Scientific memoirs by medical officers of the Army of India - Part X,
Year: 1897
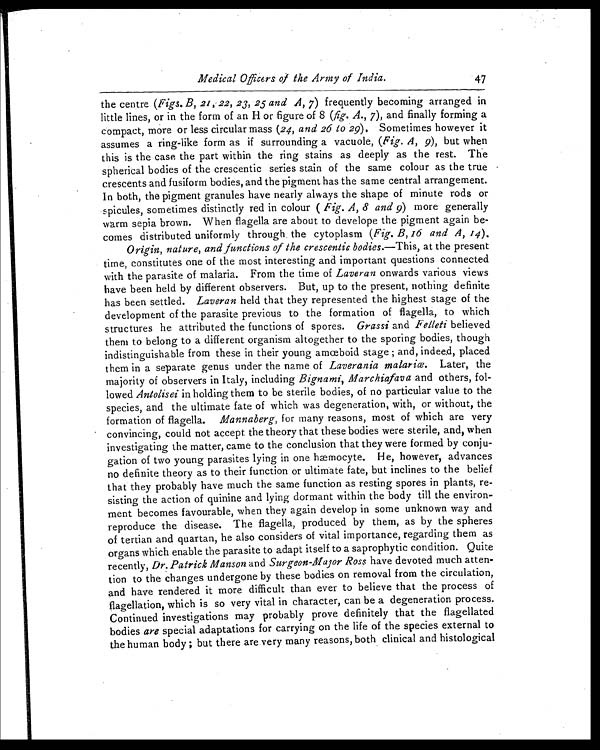
Medical Officers of the Army of India.
47
the centre ( Figs. B, 21, 22, 23, 25 and A, 7 ) frequently becoming arranged in
little lines, or in the form of an H or figure of 8 ( fig. A., 7 ), and finally forming a
compact, more or less circular mass ( 24, and 26 to 29). Sometimes however it
assumes a ring-like form as if surrounding a vacuole, ( Fig. A, 9), but when
this is the case the part within the ring stains as deeply as the rest. The
spherical bodies of the crescentic series stain of the same colour as the true
crescents and fusiform bodies, and the pigment has the same central arrangement.
In both, the pigment granules have nearly always the shape of minute rods or
spicules sometimes distinctly red in colour ( Fig. A, 8 and 9 ) more generally
warm sepia brown. When flagella are about to develope the pigment again be-
comes distributed uniformly through, the cytoplasm ( Fig. B, 16 and A, 14 ).
Origin, nature, and functions of the crescentic bodies. —This, at the present
time, constitutes one of the most interesting and important questions connected
with the parasite of malaria. From the time of Laveran onwards various views
have been held by different observers. But, up to the present, nothing definite
has been settled. Laveran held that they represented the highest stage of the
development of the parasite previous to the formation of flagella, to which
structures he attributed the functions of spores. Grassi and Felleti believed
them to belong to a different organism altogether to the sporing bodies, though
indistinguishable from these in their young amœboid stage ; and, indeed, placed
them in a separate genus under the name of Laverania malariœ . Later, the
majority of observers in Italy, including Bignami, Marchiafava and others, fol-
lowed Antolisei in holding them to be sterile bodies, of no particular value to the
species, and the ultimate fate of which was degeneration, with, or without, the
formation of flagella. Mannaberg, for many reasons, most of which are very
convincing, could not accept the theory that these bodies were sterile, and, when
investigating the matter, came to the conclusion that they were formed by conju-
gation of two young parasites lying in one hæmocyte. He, however, advances
no definite theory as to their function or ultimate fate, but inclines to the belief
that they probably have much the same function as resting spores in plants, re-
sisting the action of quinine and lying dormant within the body till the environ-
ment becomes favourable, when they again develop in some unknown way and
reproduce the disease. The flagella, produced by them, as by the spheres
of tertian and quartan, he also considers of vital importance, regarding them as
organs which enable the parasite to adapt itself to a saprophytic condition. Quite
recently, Dr. Patrick Manson and Surgeon-Major Ross have devoted much atten-
tion to the changes undergone by these bodies on removal from the circulation,
and have rendered it more difficult than ever to believe that the process of
flagellation, which is so very vital in character, can be a degeneration process.
Continued investigations may probably prove definitely that the flagellated
bodies are special adaptations for carrying on the life of the species external to
the human body ; but there are very many reasons, both clinical and histological